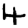
Digit: 4